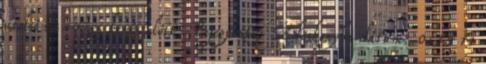
utolsó sós-vizes kenés előtt. Bejegyezte: Édeskonyha dátum: 0:35 14